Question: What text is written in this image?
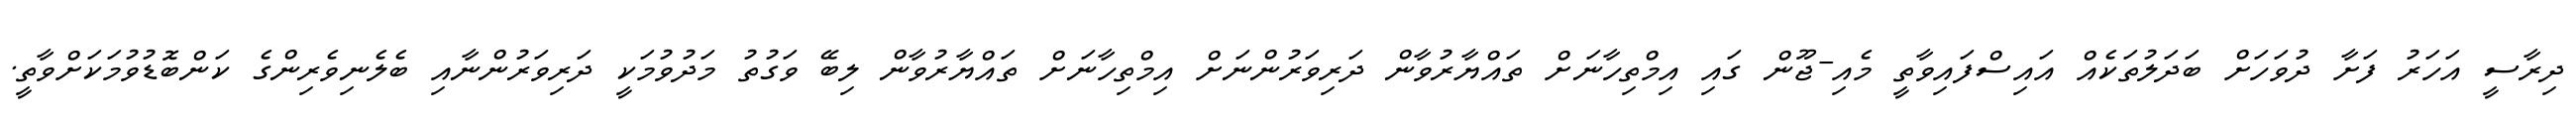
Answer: ދިރާސީ އަހަރު ފަށާ ދުވަހަށް ބަދަލުތަކެއް އައިސްފައިވާތީ މެއި-ޖޫން ގައި އިމްތިހާނަށް ތައްޔާރުވާން ދަރިވަރުންނަށް އިމްތިހާނަށް ތައްޔާރުވާން ލިބޭ ވަގުތު މަދުވުމަކީ ދަރިވަރުންނާއި ބެލެނިވެރިންގެ ކަންބޮޑުވުމަކަށްވާތީ.